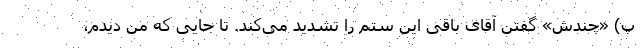
پ) «چندش» گفتن آقای باقی این ستم را تشدید می‌کند. تا جایی که من دیدم،